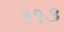
૧૧૩